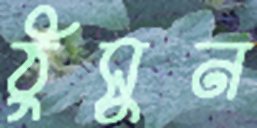
ঠুসুন